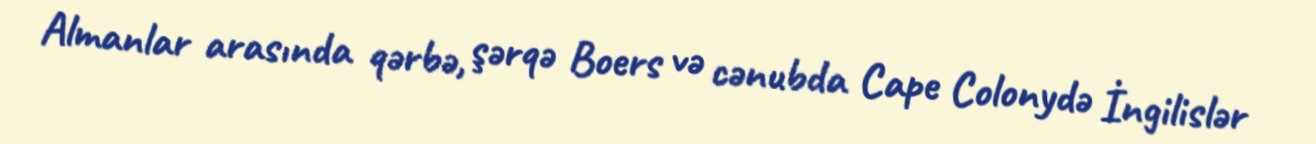
Almanlar arasında qərbə, şərqə Boers və cənubda Cape Colonydə İngilislər